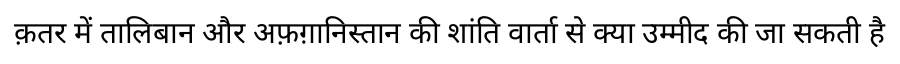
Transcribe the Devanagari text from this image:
क़तर में तालिबान और अफ़ग़ानिस्तान की शांति वार्ता से क्या उम्मीद की जा सकती है